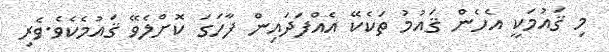
މި ޤައުމަކީ އެހެން ޤައުމު ތަކެކޭ އެއްފަދައިން ފާހަގަ ކޮށްލެވޭ ޤައުމެކެވެ.ވެރި